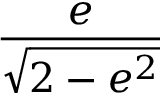
\frac { e } { \sqrt { 2 - e ^ { 2 } } }